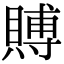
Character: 賻